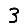
Digit: 3